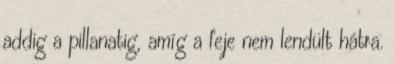
addig a pillanatig, amíg a feje nem lendült hátra.